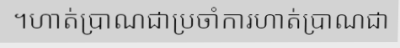
។ហាត់ប្រាណជាប្រចាំការហាត់ប្រាណជា